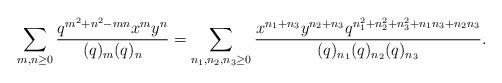
LaTeX: \begin{align*} \sum_{m,n \geq 0} \frac{q^{m^2+n^2-mn} x^m y^n}{(q)_m (q)_n}=\sum_{n_1,n_2,n_3 \geq 0} \frac{x^{n_1+n_3} y^{n_2+n_3} q^{n_1^2+n_2^2+n_3^2+ n_1 n_3+n_2 n_3}}{(q)_{n_1} (q)_{n_2} (q)_{n_3}}.\end{align*}